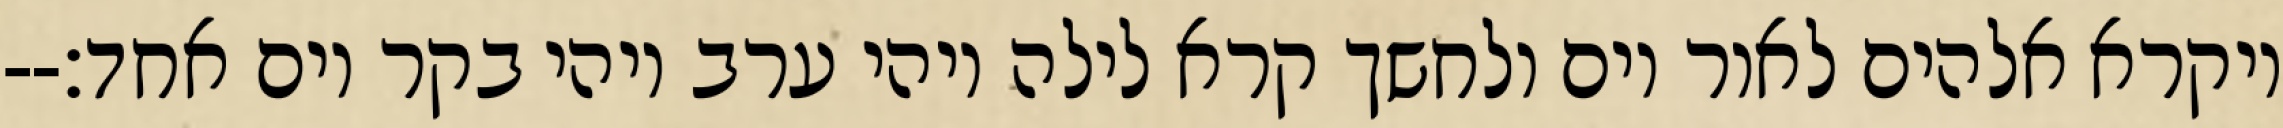
ויקרא אלהים לאור יום ולחשך קרא לילה ויהי ערב ויהי בקר יום אחד׃--